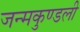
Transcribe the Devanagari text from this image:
जन्‍मकुण्‍डली